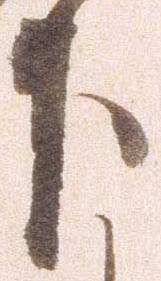
下